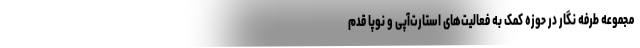
مجموعه طرفه ‌نگار در حوزه کمک به فعالیت‌های استارت‌آپی و نوپا قدم